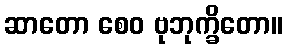
ဆာတော စေဝ ဗုဘုက္ခိတော။